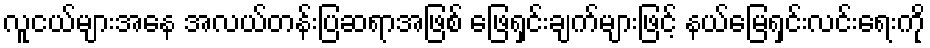
လူငယ်များအနေ အလယ်တန်းပြဆရာအဖြစ် ဖြေရှင်းချက်များဖြင့် နယ်မြေရှင်းလင်းရေးကို